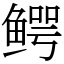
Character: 鳄